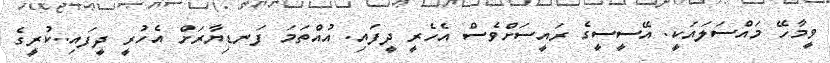
ވީމާހޭ މައްސަލައަކީ. އޭސީސީގެ ރައީސަށްވެސް އެހެރީ ދީފައި. އުއްތަމަ ފަނޑިޔާރަށް އެހުރީ ދީފައި..ކުރީގެ